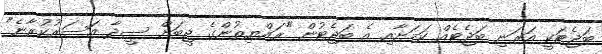
ބަޖެޓަކީ އަރަނި ބަޖެޓެއް ކަމަށާއި އެ ބަޖެޓުން "ރައްޔިތުންގެ ޖީބަށް ސީދާ އަސަރުކުރާނެ"